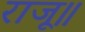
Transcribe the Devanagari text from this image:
राजू॥